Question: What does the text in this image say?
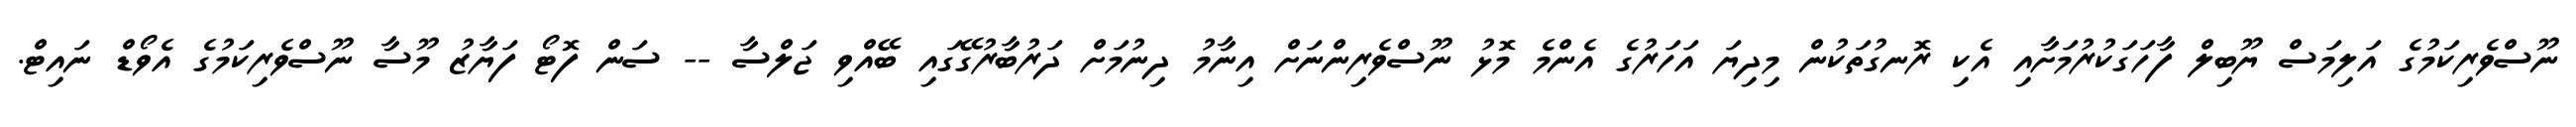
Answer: ނޫސްވެރިކަމުގެ އަލިމަސް ޔޫބިލް ފާހަގަކުރުމަށާއި އެކި ރޮނގުތަކުން މިދިޔަ އަހަރުގެ އެންމެ މޮޅު ނޫސްވެރިންނަށް އިނާމު ދިނުމަށް ދަރުބާރުގޭގައި ބޭއްވި ޖަލްސާ -- ސަން ފޮޓޯ ފަޔާޒު މޫސާ ނޫސްވެރިކަމުގެ އެވޯޑް ނައިޓް.